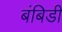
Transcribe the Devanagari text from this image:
बंबिडी